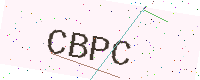
Text: CBPC